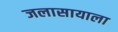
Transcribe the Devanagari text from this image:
जलासायाला